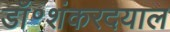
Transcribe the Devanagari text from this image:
डॉ॰शंकरदयाल